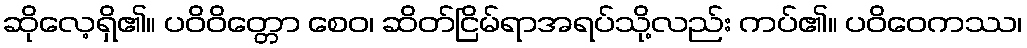
ဆိုလေ့ရှိ၏။ ပဝိဝိတ္တော စေဝ၊ ဆိတ်ငြိမ်ရာအရပ်သို့လည်း ကပ်၏။ ပဝိဝေကဿ၊